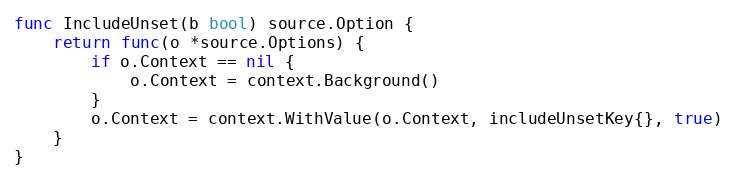
Language: Go
func IncludeUnset(b bool) source.Option {
	return func(o *source.Options) {
		if o.Context == nil {
			o.Context = context.Background()
		}
		o.Context = context.WithValue(o.Context, includeUnsetKey{}, true)
	}
}